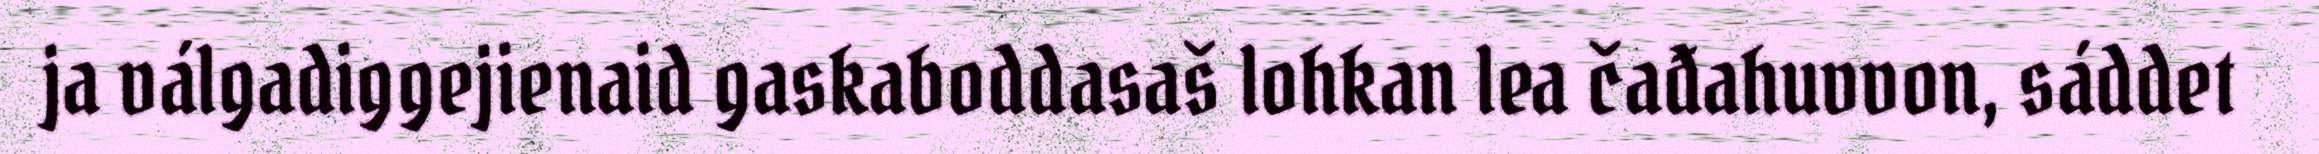
ja válgadiggejienaid gaskaboddasaš lohkan lea čađahuvvon, sáddet